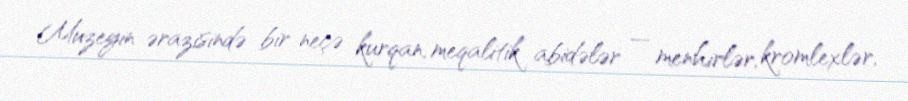
Muzeyin ərazisində bir neçə kurqan, meqalitik abidələr — menhirlər, kromlexlər,